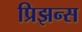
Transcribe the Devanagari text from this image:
प्रिझन्स